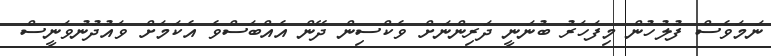
ނަމަވެސް ފުލުހުން މިފަހަރު ބުނަނީ ދަރިންނަށް ވެކްސިން ދޭން އެއްބަސްވެ އެކަމަށް ވައުދުނުވަނީސް